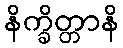
နိက္ခိတ္တာနိ